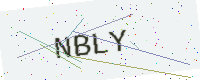
Text: NBLY